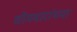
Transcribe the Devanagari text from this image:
सोमवारांच्या